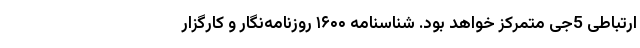
ارتباطی 5جی متمرکز خواهد بود. شناسنامه ۱۶۰۰ روزنامه‌نگار و کارگزار